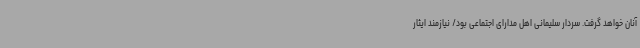
آنان خواهد گرفت. سردار سلیمانی اهل مدارای اجتماعی بود/ نیازمند ایثار